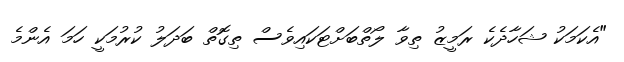
"އެކަމަކު ޝަހާދެކެ ރަމީޒު ތިވާ ލޯތްބަށްޓަކައިވެސް ތިގޮތް ބަދަލު ކުރުމަކީ ހަމަ އެންމެ